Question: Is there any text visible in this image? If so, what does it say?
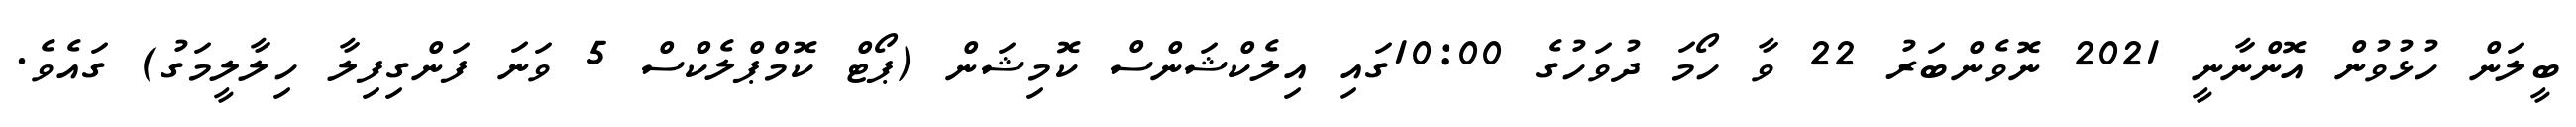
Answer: ބީލަން ހުޅުވުން އޮންނާނީ 2021 ނޮވެންބަރު 22 ވާ ހޯމަ ދުވަހުގެ 10:00ގައި އިލެކްޝަންސް ކޮމިޝަން (ޕޯޓް ކޮމްޕްލެކްސް 5 ވަނަ ފަންގިފިލާ ހިލާލީމަގު) ގައެވެ.